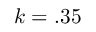
k = . 3 5